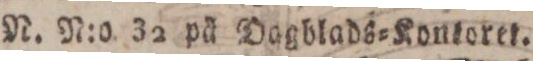
N. N:o 32 på Dagblads=Kontoret.